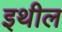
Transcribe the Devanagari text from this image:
इथील